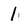
Character: 1